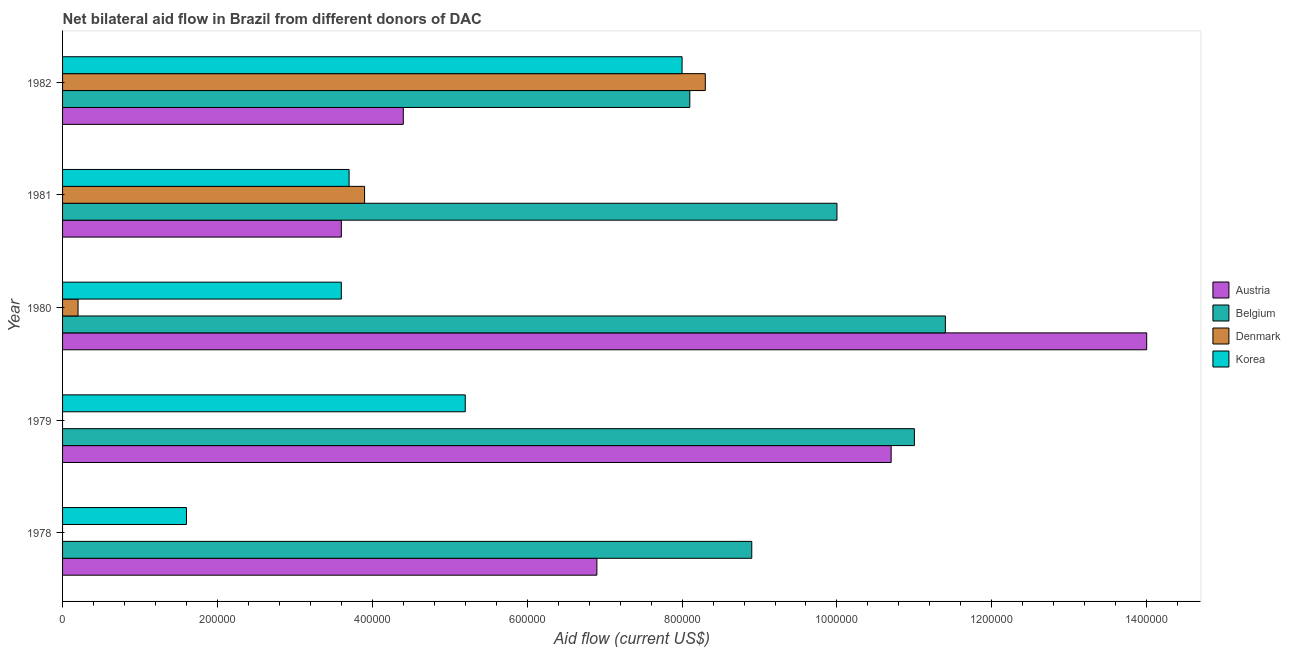
| Year | Austria | Belgium | Denmark | Korea |
 | --- | --- | --- | --- | --- |
 | 1978 | 6.9e+05 | 8.9e+05 | -2.5e+05 | 1.6e+05 |
 | 1979 | 1.07e+06 | 1.1e+06 | -1e+05 | 5.2e+05 |
 | 1980 | 1.4e+06 | 1.14e+06 | 2e+04 | 3.6e+05 |
 | 1981 | 3.6e+05 | 1e+06 | 3.9e+05 | 3.7e+05 |
 | 1982 | 4.4e+05 | 8.1e+05 | 8.3e+05 | 8e+05 |